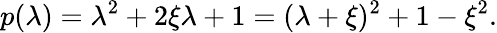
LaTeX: p(\lambda)=\lambda^{2}+2\xi\lambda+1=(\lambda+\xi)^{2}+1-\xi^{2}.